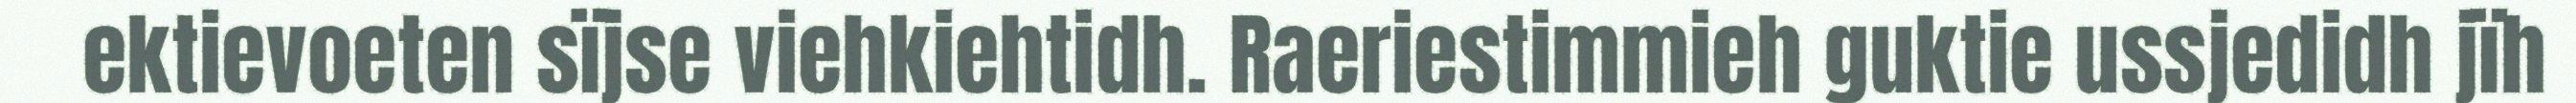
ektievoeten sïjse viehkiehtidh. Raeriestimmieh guktie ussjedidh jïh